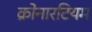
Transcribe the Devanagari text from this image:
क्रोनारटियम